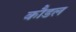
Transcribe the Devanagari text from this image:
कौडल